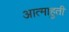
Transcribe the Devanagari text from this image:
आत्माहुती